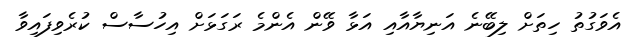
އެވަގުތު ހިތަށް ލިބޭނެ އަނިޔާއާއި އަޅާ ވޭން އެންމެ ރަގަޅަށް އިހުސާސް ކުރެވިފައިވާ